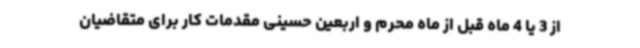
از 3 یا 4 ماه قبل از ماه محرم و اربعین حسینی مقدمات کار برای متقاضیان